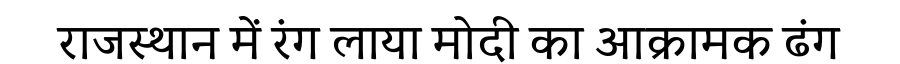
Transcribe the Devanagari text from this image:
राजस्थान में रंग लाया मोदी का आक्रामक ढंग